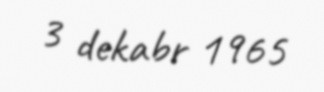
3 dekabr 1965